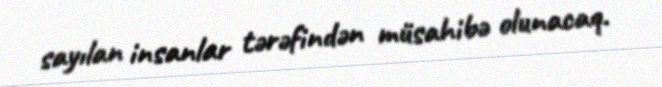
sayılan insanlar tərəfindən müsahibə olunacaq.